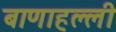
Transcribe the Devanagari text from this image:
बाणाहल्ली